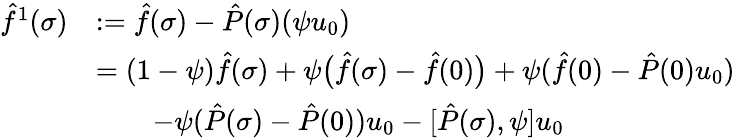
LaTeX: \begin{array}{rl}{\hat{f}^{1}(\sigma)}&{:=\hat{f}(\sigma)-\hat{P}(\sigma)(\psi u_{0})}\\ &{=(1-\psi)\hat{f}(\sigma)+\psi\bigl(\hat{f}(\sigma)-\hat{f}(0)\bigr)+\psi(\hat{f}(0)-\hat{P}(0)u_{0})}\\ &{\qquad-\psi(\hat{P}(\sigma)-\hat{P}(0))u_{0}-[\hat{P}(\sigma),\psi]u_{0}}\end{array}